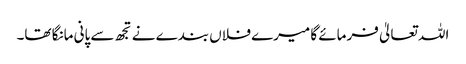
اللہ تعالیٰ فرمائے گا میرے فلاں بندے نے تجھ سے پانی مانگا تھا۔